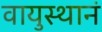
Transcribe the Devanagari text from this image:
वायुस्थानं